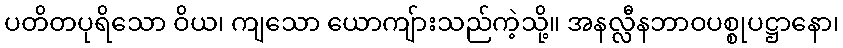
ပတိတပုရိသော ဝိယ၊ ကျသော ယောကျ်ားသည်ကဲ့သို့။ အနလ္လီနဘာဝပစ္စုပဋ္ဌာနော၊